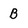
Character: B